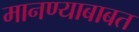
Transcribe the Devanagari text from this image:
मानण्याबाबत